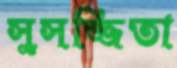
সুসজ্জিতা